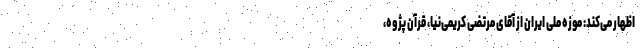
اظهار می‌کند: ‌موزه ملی ایران از آقای مرتضی کریمی‌نیا، قرآن پژوه،